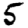
Digit: 5